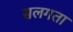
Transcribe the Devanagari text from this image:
सलगता